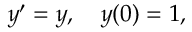
y ^ { \prime } = y , \quad y ( 0 ) = 1 ,